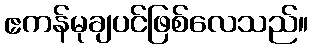
ဧကန်မုချပင်ဖြစ်လေသည်။